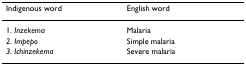
<table><thead><tr><td><b>Indigenous word</b></td><td><b>English word</b></td></tr></thead><tbody><tr><td>1. <i>Inzekema</i></td><td>Malaria</td></tr><tr><td><i>2. Impepo</i></td><td>Simple malaria</td></tr><tr><td><i>3. Ichinzekema</i></td><td>Severe malaria</td></tr></tbody></table>